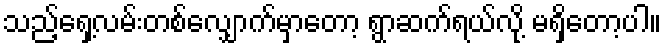
သည့်ရှေ့လမ်းတစ်လျှောက်မှာတော့ ရွာဆက်ရယ်လို့ မရှိတော့ပါ။